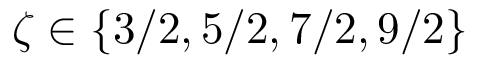
\zeta \in \{ 3 / 2 , 5 / 2 , 7 / 2 , 9 / 2 \}